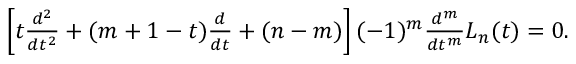
\begin{array} { r } { \left[ t \frac { d ^ { 2 } } { d t ^ { 2 } } + ( m + 1 - t ) \frac { d } { d t } + ( n - m ) \right] ( - 1 ) ^ { m } \frac { d ^ { m } } { d t ^ { m } } L _ { n } ( t ) = 0 . } \end{array}